Report on vaccination for the Province of Oudh 1872 -
Year: 1872
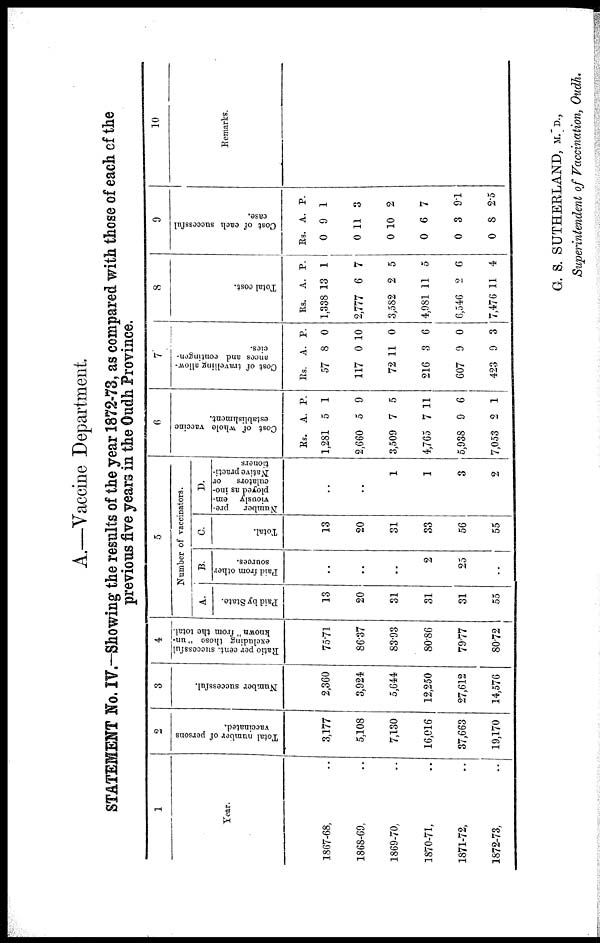
A.—Vaccine Department.
STATEMENT No. IV.—Showing the results of the year 1872-73, as compared with those of each of the
previous five years in the Oudh Province.
1
Year.
1867-68, ..
1868-69, ..
1869-70, ..
1870-71, ..
1871-72, ..
1872-73, ..
2
Total number of persons
vaccinated.
3,177
5,108
7,130
16,016
37,663
19,170
3
Number successful.
2,360
3,924
5,644
12,250
27,612
14,576
4
Ratio per cent. successful
excluding those " un-
known " from the total.
75.71
86.37
83.93
80.86
79.77
80.72
5
Number of vaccinators.
A.
Paid by State.
13
20
31
31
31
55
B.
Paid from other
sources.
..
..
..
2
25
..
C.
Total.
13
20
31
33
56
55
D.
Number
pre-
viously em-
ployed as ino¬
culators
or
Native practi-
tioners
..
..
1
1
3
2
6
Cost of whole vaccine
establishment.
Rs.
1,281
2,660
3,509
4,765
5,938
7,053
A.
5
5
7
7
9
2
P.
1
9
5
11
6
1
7
Cost of travelling allow-
ances and contingen-
cies.
Rs.
57
117
72
216
607
423
A.
8
0
11
3
9
9
P.
0
10
0
6
0
3
8
Total cost.
Rs.
1,338
2,777
3,582
4,981
6,546
7,476
A.
13
6
2
11
2
11
P.
1
7
5
5
6
4
9
Cost of each successful
case.
Rs.
0
0
0
0
0
0
A.
9
11
10
6
3
8
P.
1
3
2
7
9.1
2.5
10
Remarks.
G. S. SUTHERLAND, M. D.,
Superintendent of Vaccination, Oudh.